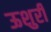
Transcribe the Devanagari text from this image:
ऊशुरी